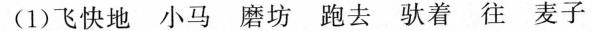
(1)飞快地 小马 磨坊 跑去 驮着 往 麦子